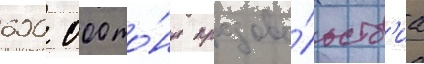
600 000 то́нн продово́льств'иа